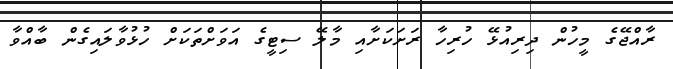
ރާއްޖޭގެ މީހުން ދިރިއުޅޭ ހުރިހާ ރަށަކަށާއި މާލޭ ސިޓީގެ އަވަށްތަކަށް ހުޅުވާލައިގެން ބާއްވާ